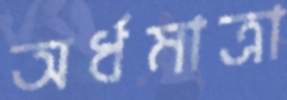
অর্ধমাত্রা